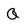
Character: Q